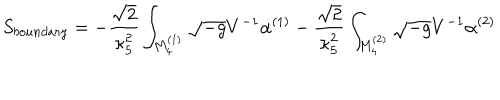
S _ { b o u n d a r y } = - \frac { \sqrt { 2 } } { \kappa _ { 5 } ^ { 2 } } \int _ { M _ { 4 } ^ { ( 1 ) } } { \sqrt { - g } V ^ { - 1 } \alpha ^ { ( 1 ) } } - \frac { \sqrt { 2 } } { \kappa _ { 5 } ^ { 2 } } \int _ { M _ { 4 } ^ { ( 2 ) } } { \sqrt { - g } V ^ { - 1 } \alpha ^ { ( 2 ) } }